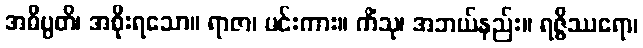
အဓိပ္ပတိ၊ အစိုးရသော။ ရာဇာ၊ မင်းကား။ ကိံသု၊ အဘယ်နည်း။ ရဇ္ဇိဿရော၊